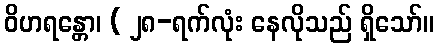
ဝိဟရန္တော၊ ( ၂၈-ရက်လုံး နေလိုသည် ရှိသော်။